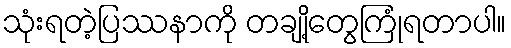
သုံးရတဲ့ပြဿနာကို တချို့တွေကြုံရတာပါ။